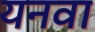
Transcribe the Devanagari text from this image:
यनवा